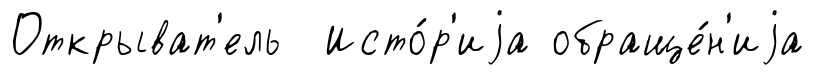
Открыват'ель Исто́р'иjа обраще́н'иjа